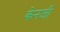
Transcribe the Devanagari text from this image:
केनजी